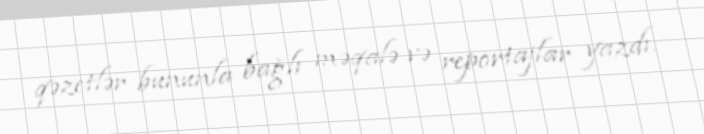
qəzetlər bununla bağlı məqalə və reportajlar yazdı.